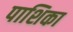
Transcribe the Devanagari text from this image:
पाशिका